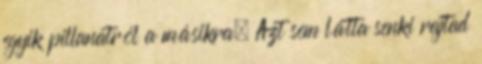
egyik pillanatról a másikra. Azt sem látta senki rajtad